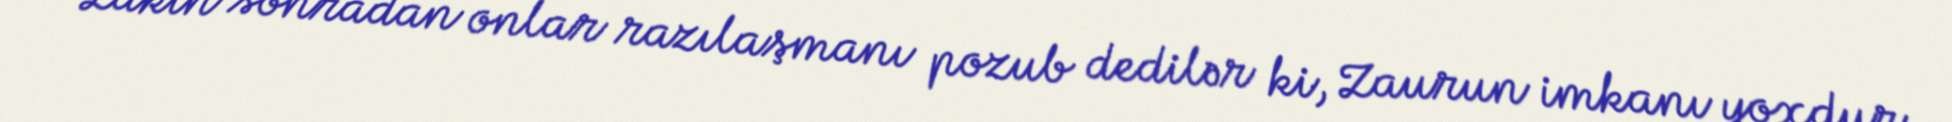
Lakin sonradan onlar razılaşmanı pozub dedilər ki, Zaurun imkanı yoxdur,